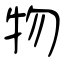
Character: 物